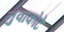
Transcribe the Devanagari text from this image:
नुवाकोटे